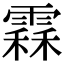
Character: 𩄞